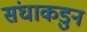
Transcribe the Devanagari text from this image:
संघाकडुन